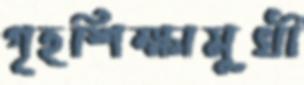
গৃহশিক্ষামুখী